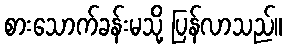
စားသောက်ခန်းမသို့ ပြန်လာသည်။